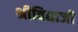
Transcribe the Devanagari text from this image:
श्रीविद्याजी